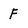
Character: F